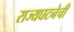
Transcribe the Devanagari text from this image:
राज्यघटनेची